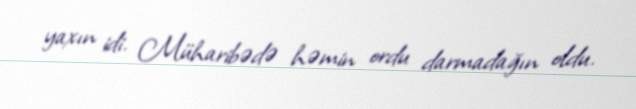
yaxın idi. Müharibədə həmin ordu darmadağın oldu.